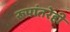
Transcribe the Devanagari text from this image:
रूपांतरेही